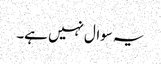
یہ سوال نہیں ہے۔